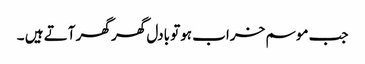
جب موسم خراب ہوتو بادل گھر گھر آتے ہیں ۔